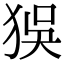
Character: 𤝲